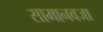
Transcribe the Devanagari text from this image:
सामानवजा